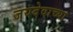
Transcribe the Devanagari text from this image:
जयदेवाच्या